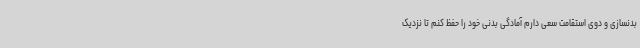
بدنسازی و دوی استقامت سعی دارم آمادگی بدنی خود را حفظ کنم تا نزدیک